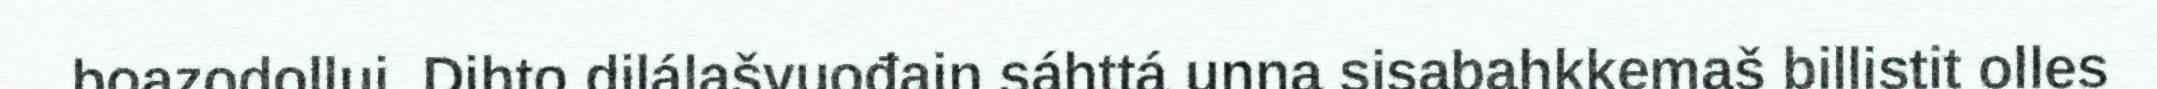
boazodollui. Dihto dilálašvuođain sáhttá unna sisabahkkemaš billistit olles